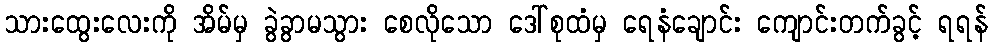
သားထွေးလေးကို အိမ်မှ ခွဲခွာမသွား စေလိုသော ဒေါ်စုထံမှ ရေနံချောင်း ကျောင်းတက်ခွင့် ရရန်